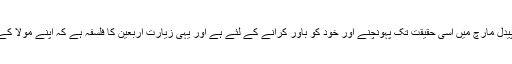
پس اربعین کے اس عظیم اور طولانی پیدل مارچ میں اسی حقیقت تک پہونچنے اور خود کو باور کرانے کے لئے ہے اور یہی زیارت اربعین کا فلسفہ ہے کہ اپنے مولا کے حضور یہ اظہار کرنا کہ ہم آمادہ ہیں۔